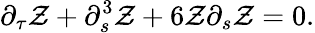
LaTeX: \partial_{\tau}\mathcal{Z}+\partial_{s}^{3}\mathcal{Z}+6\mathcal{Z}\partial_{s}\mathcal{Z}=0.